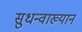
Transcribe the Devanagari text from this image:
सुधन्वाख्यान